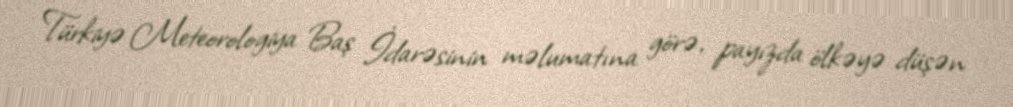
Türkiyə Meteorologiya Baş İdarəsinin məlumatına görə, payızda ölkəyə düşən